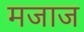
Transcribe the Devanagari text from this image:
मजाज